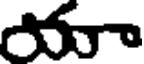
యాా